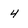
Character: 4